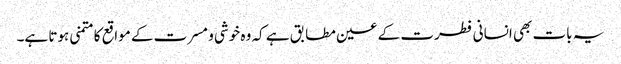
یہ بات بھی انسانی فطرت کے عین مطابق ہے کہ وہ خوشی و مسرت کے مواقع کا متمنی ہوتا ہے۔